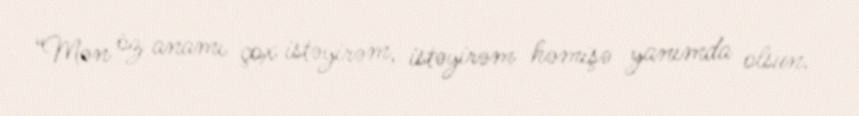
“Mən öz anamı çox istəyirəm, istəyirəm həmişə yanımda olsun.